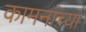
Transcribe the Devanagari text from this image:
कामनांच्या